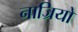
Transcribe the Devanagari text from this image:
नाज्रियो